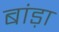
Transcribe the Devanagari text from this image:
बांड़ा